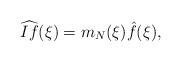
LaTeX: \begin{align*}\widehat{If}(\xi) = m_{N}(\xi) \hat{f}(\xi),\end{align*}